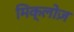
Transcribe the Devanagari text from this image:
मिक्लोज़